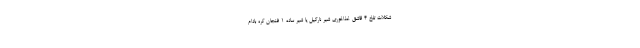
شکلات تلخ 4 قاشق غذاخوری شیر نارگیل یا شیر ساده 1 فنجان کره بادام